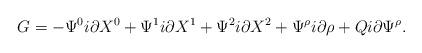
LaTeX: \begin{align*}G=-\Psi^0i\partial X^0+\Psi^1i\partial X^1+\Psi^2i\partial X^2+\Psi^{\rho}i\partial \rho + Qi\partial \Psi^{\rho}.\end{align*}